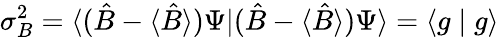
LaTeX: \sigma_{B}^{2}=\langle({\hat{B}}-\langle{\hat{B}}\rangle)\Psi|({\hat{B}}-\langle{\hat{B}}\rangle)\Psi\rangle=\langle g\mid g\rangle